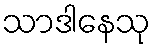
သာဒါနေသု